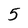
Character: 5